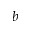
b